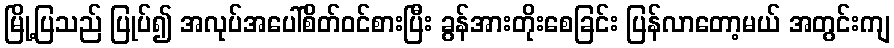
မြို့ပြသည် ပြုပ်၍ အလုပ်အပေါ်စိတ်ဝင်စားပြီး ခွန်အားတိုးစေခြင်း ပြန်လာတော့မယ် အတွင်းကျ